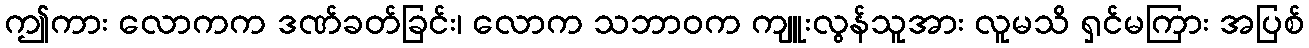
ဤကား လောကက ဒဏ်ခတ်ခြင်း၊ လောက သဘာဝက ကျူးလွန်သူအား လူမသိ ရှင်မကြား အပြစ်